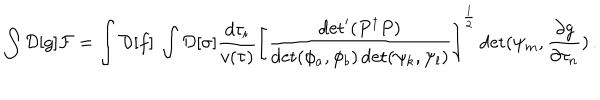
LaTeX: \int { \cal D } [ g ] { \cal F } = \int { \cal D } [ f ] \: \int { \cal D } [ \sigma ] { \frac { d \tau _ { i } } { v ( \tau ) } } \left[ { \frac { \det ^ { \prime } ( P ^ { \dagger } P ) } { \det ( \phi _ { a } , \phi _ { b } ) \det ( \psi _ { k } , \psi _ { l } ) } } \right] ^ { \frac { 1 } { 2 } } \det ( \psi _ { m } , { \frac { \partial g } { \partial \tau _ { n } } } ) \, .